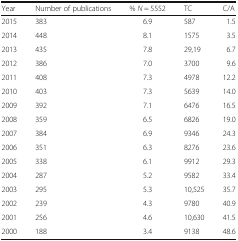
<table><thead><tr><td><b>Year</b></td><td><b>Number of publications</b></td><td><b>% <i>N</i> = 5552</b></td><td><b>TC</b></td><td><b>C/A</b></td></tr></thead><tbody><tr><td>2015</td><td>383</td><td>6.9</td><td>587</td><td>1.5</td></tr><tr><td>2014</td><td>448</td><td>8.1</td><td>1575</td><td>3.5</td></tr><tr><td>2013</td><td>435</td><td>7.8</td><td>29,19</td><td>6.7</td></tr><tr><td>2012</td><td>386</td><td>7.0</td><td>3700</td><td>9.6</td></tr><tr><td>2011</td><td>408</td><td>7.3</td><td>4978</td><td>12.2</td></tr><tr><td>2010</td><td>403</td><td>7.3</td><td>5639</td><td>14.0</td></tr><tr><td>2009</td><td>392</td><td>7.1</td><td>6476</td><td>16.5</td></tr><tr><td>2008</td><td>359</td><td>6.5</td><td>6826</td><td>19.0</td></tr><tr><td>2007</td><td>384</td><td>6.9</td><td>9346</td><td>24.3</td></tr><tr><td>2006</td><td>351</td><td>6.3</td><td>8276</td><td>23.6</td></tr><tr><td>2005</td><td>338</td><td>6.1</td><td>9912</td><td>29.3</td></tr><tr><td>2004</td><td>287</td><td>5.2</td><td>9582</td><td>33.4</td></tr><tr><td>2003</td><td>295</td><td>5.3</td><td>10,525</td><td>35.7</td></tr><tr><td>2002</td><td>239</td><td>4.3</td><td>9780</td><td>40.9</td></tr><tr><td>2001</td><td>256</td><td>4.6</td><td>10,630</td><td>41.5</td></tr><tr><td>2000</td><td>188</td><td>3.4</td><td>9138</td><td>48.6</td></tr></tbody></table>